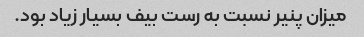
میزان پنیر نسبت به رست بیف بسیار زیاد بود.